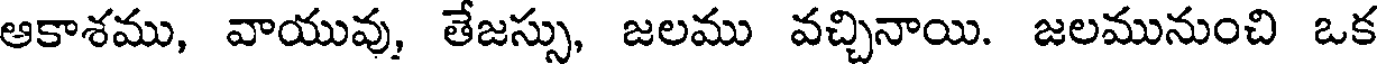
ఆకాశము, వాయువు, తేజస్సు, జలము వచ్చినాయి. జలమునుంచి ఒక